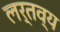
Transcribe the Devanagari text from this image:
लर्तव्य